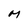
Character: M